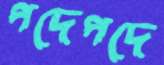
পদেপদে